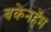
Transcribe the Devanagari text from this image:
बकेनहॅम